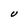
Character: U